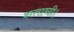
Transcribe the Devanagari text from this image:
शताब्दी।